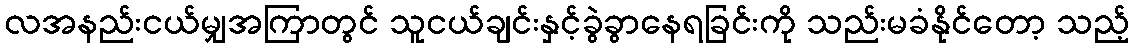
လအနည်းငယ်မျှအကြာတွင် သူငယ်ချင်းနှင့်ခွဲခွာနေရခြင်းကို သည်းမခံနိုင်တော့ သည့်